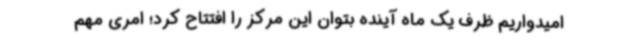
امیدواریم ظرف یک ماه آینده بتوان این مرکز را افتتاح کرد؛ امری مهم